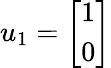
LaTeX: u_{1}={\left[\begin{array}{l}{1}\\ {0}\end{array}\right]}